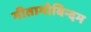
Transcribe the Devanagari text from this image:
गीतागोविन्दम